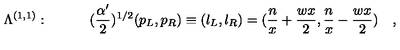
\Lambda ^ { ( 1 , 1 ) } : \quad \quad \quad ( { \frac { \alpha ^ { \prime } } { 2 } } ) ^ { 1 / 2 } ( p _ { L } , p _ { R } ) \equiv ( l _ { L } , l _ { R } ) = ( { \frac { n } { x } } + { \frac { w x } { 2 } } , { \frac { n } { x } } - { \frac { w x } { 2 } } ) \quad ,